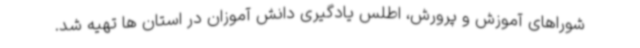
شوراهای آموزش و پرورش، اطلس یادگیری دانش آموزان در استان ها تهیه شد.